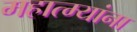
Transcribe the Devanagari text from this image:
महात्म्यांना